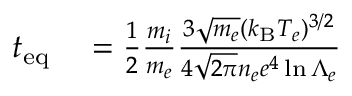
\begin{array} { r l } { t _ { \mathrm { e q } } } & { { } = \frac { 1 } { 2 } \frac { m _ { i } } { m _ { e } } \frac { 3 \sqrt { m _ { e } } ( k _ { \mathrm { B } } T _ { e } ) ^ { 3 / 2 } } { 4 \sqrt { 2 \pi } n _ { e } e ^ { 4 } \ln { \Lambda _ { e } } } } \end{array}